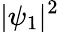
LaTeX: |\psi_{1}|^{2}